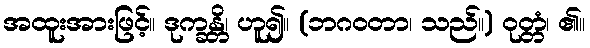
အထူးအားဖြင့်။ ဒုက္ခန္တိ၊ ဟူ၍။ (ဘဂဝတာ၊ သည်။) ဝုတ္တံ၊ ၏။